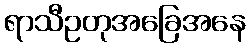
ရာသီဥတုအခြေအနေ